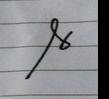
Signature authenticity: forged